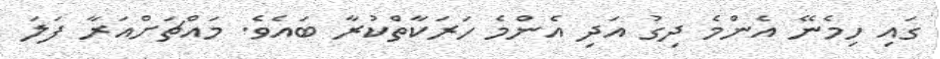
ގައި ހިމެނޭ އެންމެ ދިގު އަދި އެންމެ ހަރަކާތްކުރާ ބައެވެ. މައްޗަށްއަރާ ފަލަ